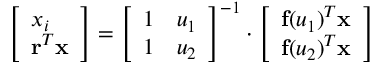
\left[ \begin{array} { l } { x _ { i } } \\ { \mathbf { r } ^ { T } \mathbf { x } } \end{array} \right] = \left[ \begin{array} { l l } { 1 } & { u _ { 1 } } \\ { 1 } & { u _ { 2 } } \end{array} \right] ^ { - 1 } \cdot \left[ \begin{array} { l } { \mathbf { f } ( u _ { 1 } ) ^ { T } \mathbf { x } } \\ { \mathbf { f } ( u _ { 2 } ) ^ { T } \mathbf { x } } \end{array} \right]